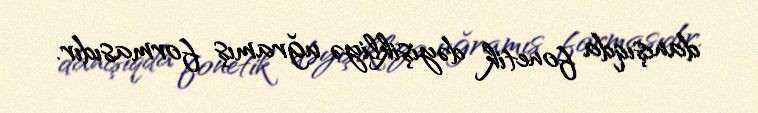
danışıqda fonetik dəyişikliyə uğramış formasıdır.